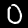
Digit: 0